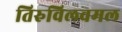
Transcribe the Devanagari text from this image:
तिरुविलवमल